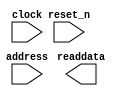
module sysid (
		input  wire        clock,    //           clk.clk
		input  wire        reset_n,  //         reset.reset_n
		output wire [31:0] readdata, // control_slave.readdata
		input  wire        address   //              .address
	);
endmodule